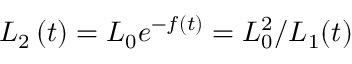
L _ { 2 } \left( t \right) = L _ { 0 } e ^ { - f \left( t \right) } = L _ { 0 } ^ { 2 } / L _ { 1 } ( t )